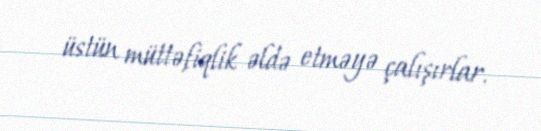
üstün müttəfiqlik əldə etməyə çalışırlar.